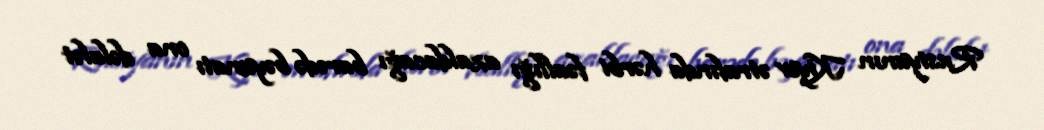
Rusiyanın Kiyev ətrafında hərbi fəallığı azaldacağı barədə bəyanatı ona dəlalət